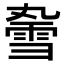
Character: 𫕣